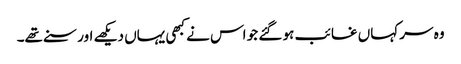
وہ سر کہاں غائب ہو گئے جو اس نے کبھی یہاں دیکھے اور سنے تھے۔